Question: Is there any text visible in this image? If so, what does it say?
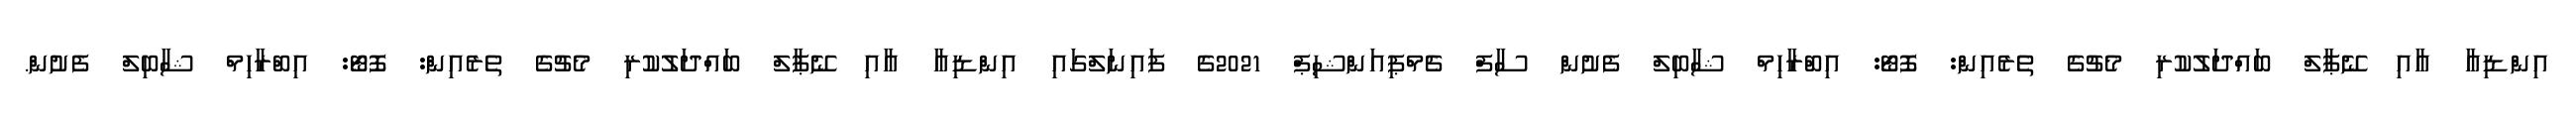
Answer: އިންޑިއާ އާއި ނޭޕާލް ބައްދަލުކުރި މެޗުގެ ތެރެއިން: ފޮޓޯ: އިބްރާހިމް ޝާބިލް ފެށުން ސާފް ޗެމްޕިއަންޝިޕް 2021ގެ ފައިނަލްގައި އިންޑިއާ އާއި ނޭޕާލް ބައްދަލުކުރި މެޗުގެ ތެރެއިން: ފޮޓޯ: އިބްރާހިމް ޝާބިލް ފެށުން.